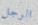
الرجل